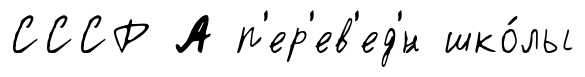
СССР А п'ер'ев'ед'́н шко́лы